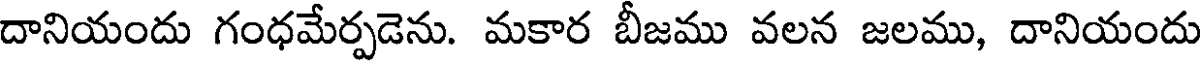
దానియందు గంధమేర్పడెను. మకార బీజము వలన జలము, దానియందు